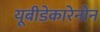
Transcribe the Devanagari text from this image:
यूबीडेकारेनोन